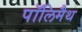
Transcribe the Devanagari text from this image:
पॉलिमैथ